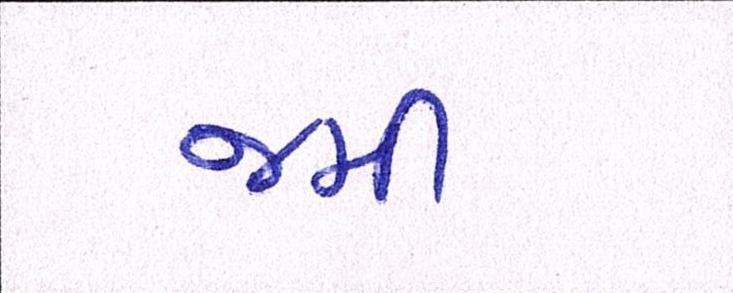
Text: જમી